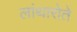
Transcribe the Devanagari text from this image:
लांथारोते